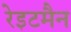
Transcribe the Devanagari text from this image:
रेइटमैन